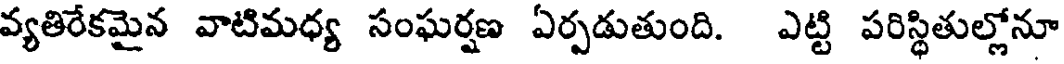
వ్యతిరేకమైన వాటిమధ్య సంఘర్షణ ఏర్పడుతుంది. ఎట్టి పరిస్థితుల్లోనూ